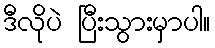
ဒီလိုပဲ ပြီးသွားမှာပါ။